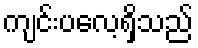
ကျင်းပလေ့ရှိသည်